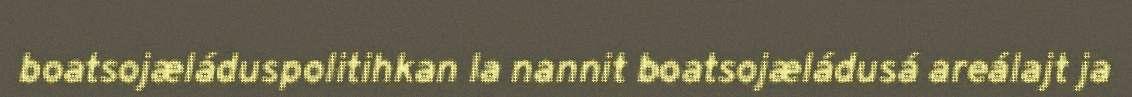
boatsojæláduspolitihkan la nannit boatsojæládusá areálajt ja